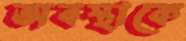
অবস্থাকে